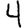
Digit: 4